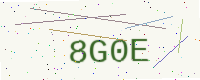
Text: 8G0E